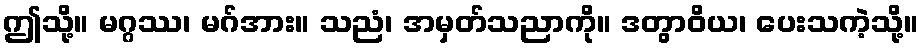
ဤသို့။ မဂ္ဂဿ၊ မဂ်အား။ သညံ၊ အမှတ်သညာကို။ ဒတွာဝိယ၊ ပေးသကဲ့သို့။